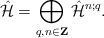
\begin{align*}\hat{\cal H} = \bigoplus_{q,n\in {\bf Z}}\hat{\cal H}^{n;q} .\end{align*}